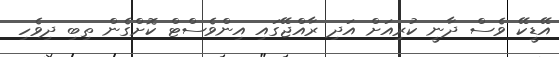
އޭޑީކޭ ވެސް ދާނީ ކުރިއަށް އަދި ރާއްޖޭގައި އިންވެސްޓް ކޮށްގެން ތިބި ދިވެހި